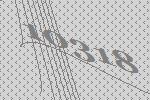
10318